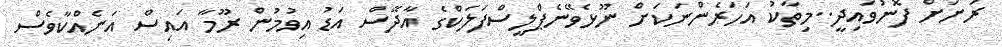
ރަށަށް ފޮނުވައިދީ..މިތާކު އަހަރެންނަކަށް ނޫޅެވޭނެޕްލީސްފަލަކްގެ އާދޭސް އަޑު އިވުމުން ރޫމާ އައިސް އަނެއްކާވެސް